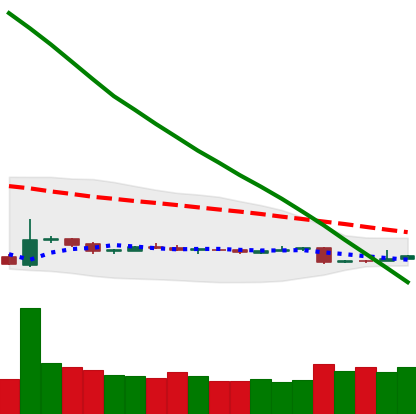
Ticker: ETH-USD
Chart end date: 2018-11-02
Forward return: 8.248%
Label: up_7plus